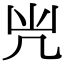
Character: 𠘽